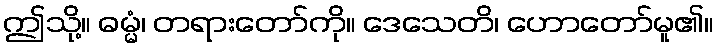
ဤသို့။ ဓမ္မံ၊ တရားတော်ကို။ ဒေသေတိ၊ ဟောတော်မူ၏။